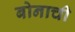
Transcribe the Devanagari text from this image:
बोनाची